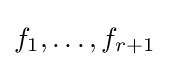
f_{1},\ldots ,f_{r+1}